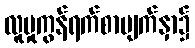
လူမှုကွန်ရက်စာမျက်နှာ၌